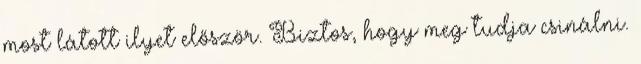
most látott ilyet először. Biztos, hogy meg tudja csinálni.